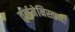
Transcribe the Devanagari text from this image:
तुर्नमेनिस्तानी